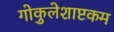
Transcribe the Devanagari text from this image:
गोकुलेशाष्टकम